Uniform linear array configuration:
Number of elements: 4
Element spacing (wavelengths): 0.5
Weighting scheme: exponential
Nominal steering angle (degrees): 60
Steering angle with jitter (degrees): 60.871
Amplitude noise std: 0.05
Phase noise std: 0.05

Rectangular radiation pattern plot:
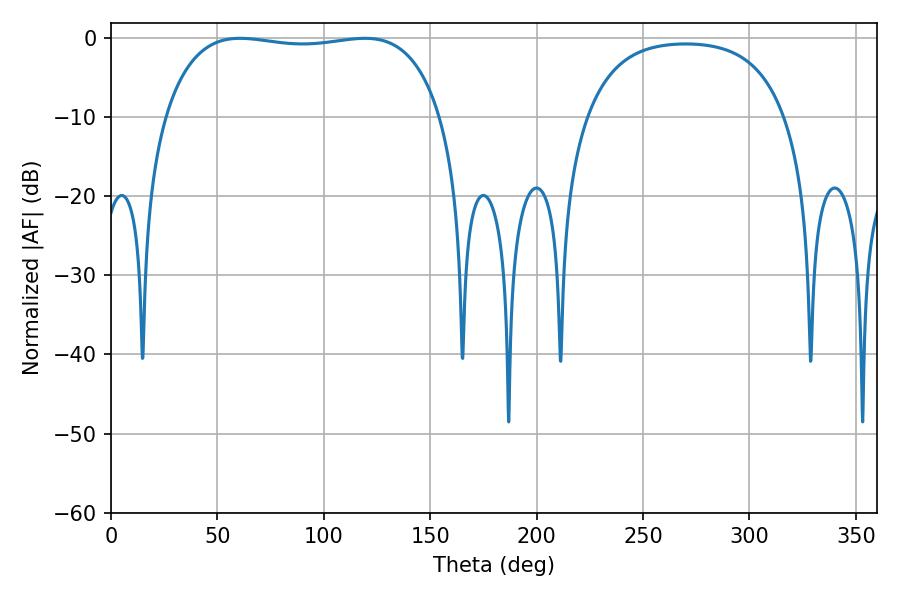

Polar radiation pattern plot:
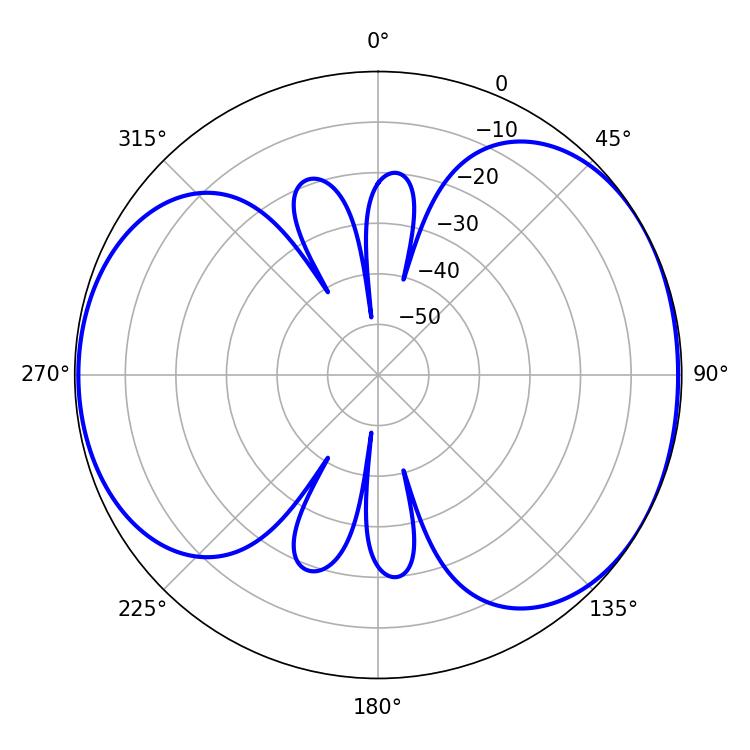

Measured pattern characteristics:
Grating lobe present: FALSE
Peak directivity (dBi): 5.233
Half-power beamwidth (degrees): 104.04
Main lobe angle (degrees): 60.66